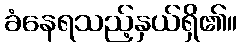
ခံနေရသည့်နှယ်ရှိ၏။